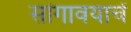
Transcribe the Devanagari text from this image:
सांगावयाचें